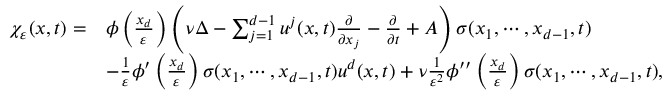
\begin{array} { r l } { \chi _ { \varepsilon } ( x , t ) = } & { \phi \left( \frac { x _ { d } } { \varepsilon } \right) \left( \nu \Delta - \sum _ { j = 1 } ^ { d - 1 } u ^ { j } ( x , t ) \frac { \partial } { \partial x _ { j } } - \frac { \partial } { \partial t } + A \right) \sigma ( x _ { 1 } , \cdots , x _ { d - 1 } , t ) } \\ & { - \frac { 1 } { \varepsilon } \phi ^ { \prime } \left( \frac { x _ { d } } { \varepsilon } \right) \sigma ( x _ { 1 } , \cdots , x _ { d - 1 } , t ) u ^ { d } ( x , t ) + \nu \frac { 1 } { \varepsilon ^ { 2 } } \phi ^ { \prime \prime } \left( \frac { x _ { d } } { \varepsilon } \right) \sigma ( x _ { 1 } , \cdots , x _ { d - 1 } , t ) , } \end{array}